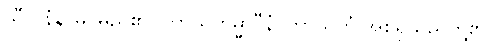
သီလနံနာမ၊ မည်၏။ ကာယကမ္မာဒီနံ၊ ကာယကံ အစရှိသည်တို့၏